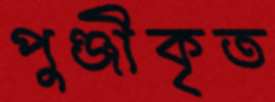
পুঞ্জীকৃত